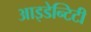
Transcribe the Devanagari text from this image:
आइडेन्टिटी